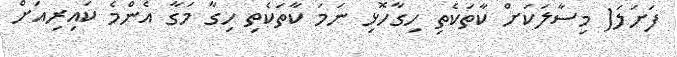
ފަށަލަ( މިސާލަކަށް ކާތަކެތި ހިގާހޮޅި ނަމަ ކާތަކެތި ހިގާ މަގާ އެންމެ ކައިރިއަށް